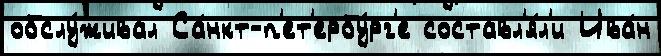
обслу́живал Са́нкт-п'ет'ербу́рг'е составл'я́л'и Ива́н